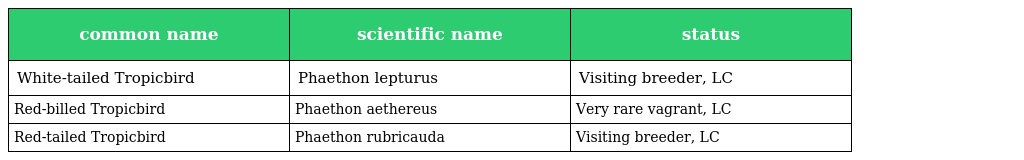
| common name | scientific name | status |
 | --- | --- | --- |
 | White-tailed Tropicbird | Phaethon lepturus | Visiting breeder, LC |
 | Red-billed Tropicbird | Phaethon aethereus | Very rare vagrant, LC |
 | Red-tailed Tropicbird | Phaethon rubricauda | Visiting breeder, LC |